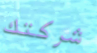
شركتك